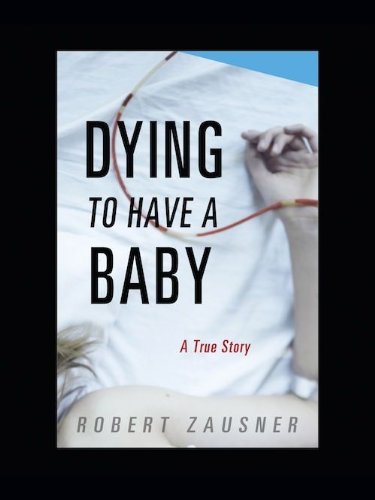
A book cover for Dying to Have a Baby: A True Story; Robert Zausner; Law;